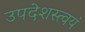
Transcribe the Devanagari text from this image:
उपदेशस्त्वयं